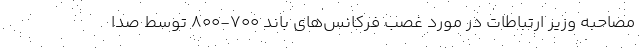
مصاحبه وزیر ارتباطات در مورد غصب فرکانس‌های باند ۷۰۰-۸۰۰ توسط صدا